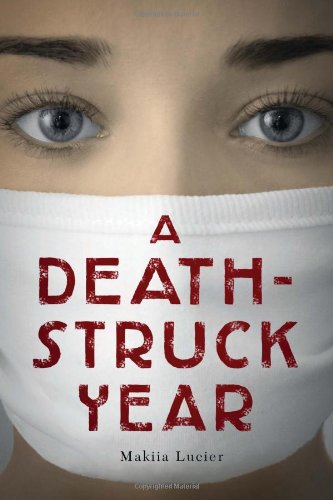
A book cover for A Death-Struck Year; Makiia Lucier; Teen & Young Adult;